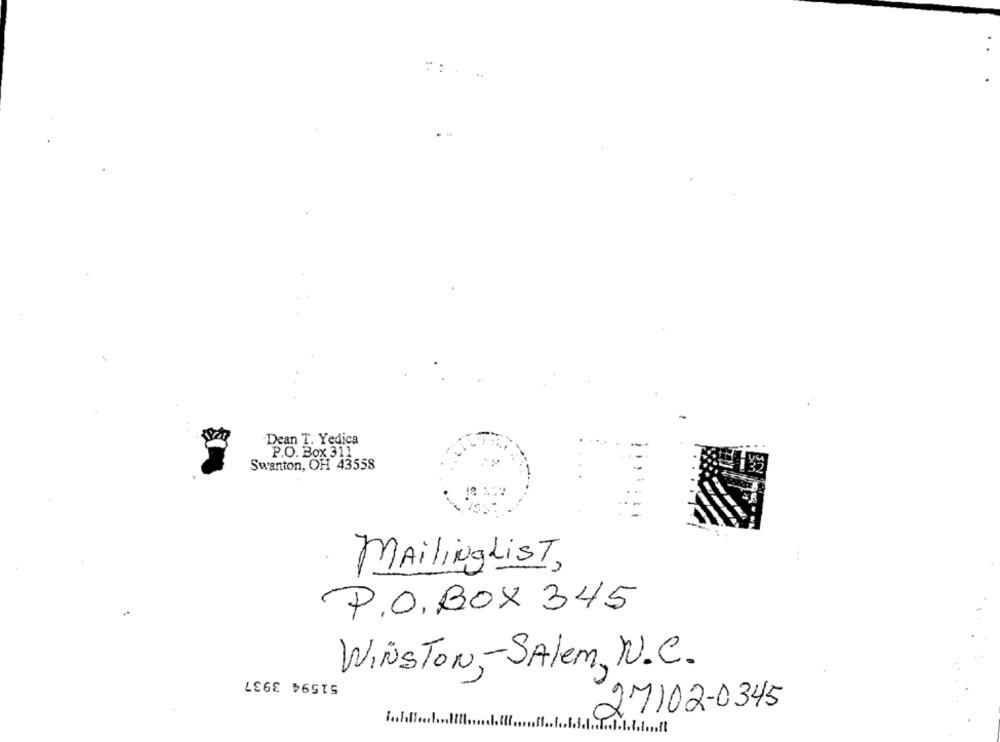
....
Dean T. Yedica
P.O. Box 311
Swanton, OH 43558
MailingList,
P.O.BOX 345
WINSTON-Salem, N.C.
51594 3937
27102-0345
... it